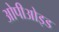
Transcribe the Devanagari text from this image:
ओपीओइड